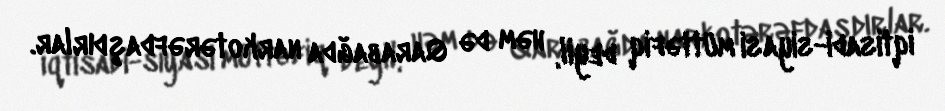
iqtisadi-siyasi müttəfiq deyil, həm də Qarabağda narkotərəfdaşdırlar.